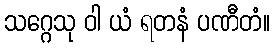
သဂ္ဂေသု ဝါ ယံ ရတနံ ပဏီတံ။